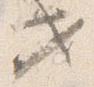
セ